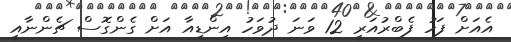
އެއަށް ފަހު ފެބްރުއަރީ 12 ވަނަ ދުވަހު އިންޑިއާ އަށް ގެންގޮސް ޗެންނާއީ